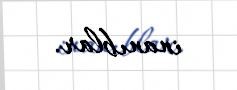
inanıblar.